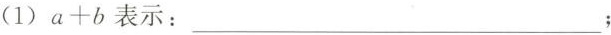
(1)$$a + b$$表示：___；